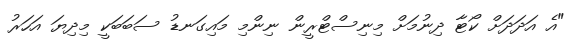
"އެ އަދަދަށް ކޯޓާ ދިނުމަށް މިނިސްޓްރީން ނިންމި މައިގަނޑު ސަބަބަކީ މިދިޔަ އަހަރު